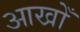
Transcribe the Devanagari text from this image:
आखोँ